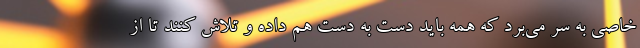
خاصی به سر می‌برد که همه باید دست به دست هم داده و تلاش کنند تا از